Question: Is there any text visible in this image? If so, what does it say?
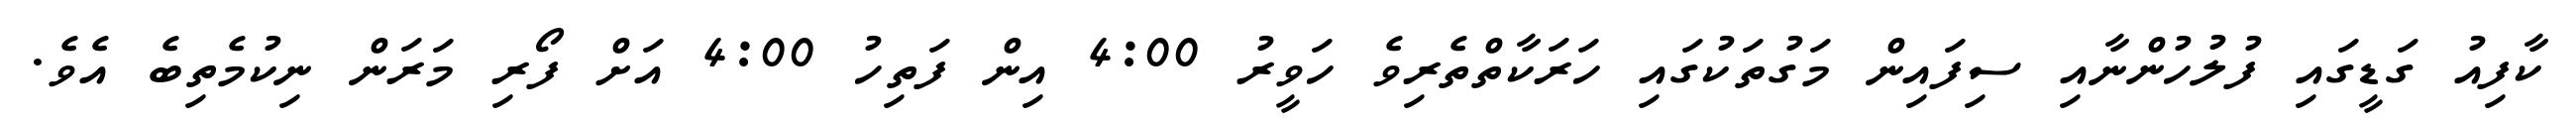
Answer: ކާފިއު ގަޑީގައި ފުލުހުންނާއި ސިފައިން މަގުތަކުގައި ހަރަކާތްތެރިވެ ހަވީރު 4:00 އިން ފަތިހު 4:00 އަށް ފޯރި މަރަން ނިކުމެތިބެ އެވެ.